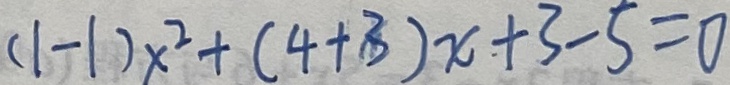
( 1 - 1 ) x ^ { 2 } + ( 4 + 3 ) x + 3 - 5 = 0